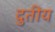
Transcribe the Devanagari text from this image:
दुतीय